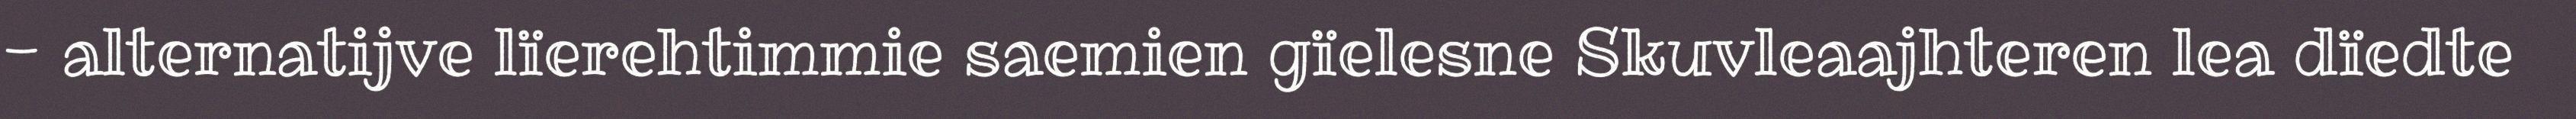
- alternatijve lïerehtimmie saemien gïelesne Skuvleaajhteren lea dïedte